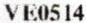
VE0514